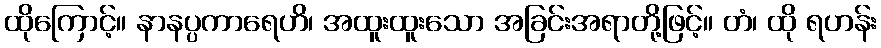
ထိုကြောင့်။ နာနပ္ပကာရေဟိ၊ အထူးထူးသော အခြင်းအရာတို့ဖြင့်။ တံ၊ ထို ရဟန်း